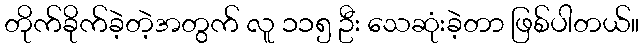
တိုက်ခိုက်ခဲ့တဲ့အတွက် လူ ၁၁၅ ဦး သေဆုံးခဲ့တာ ဖြစ်ပါတယ်။